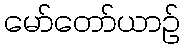
မော်တော်ယာဉ်